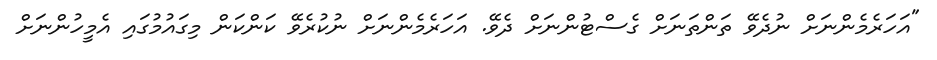
"އަހަރެމެންނަށް ނުދެވޭ ތަންތަނަށް ގެސްޓުންނަށް ދެވޭ. އަހަރެމެންނަށް ނުކުރެވޭ ކަންކަން މިގައުމުގައި އެމީހުންނަށް